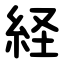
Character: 経